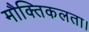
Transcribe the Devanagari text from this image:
मौक्तिकलता।